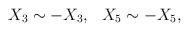
LaTeX: \begin{align*}X_{3} \sim -X_{3}, \ \ X_{5} \sim -X_{5},\end{align*}